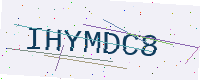
Text: IHYMDC8